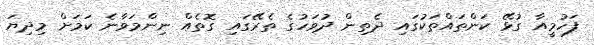
ފަހުމީއާ ގުޅޭ ކަންތައްތަކުގައި ދެތިން ދުވަހުގެ ތެރޭގައި ގޮތެއް ނިންމަވާނެ ކަމަށް މިދިޔަ